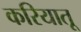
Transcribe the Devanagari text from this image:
करियातू